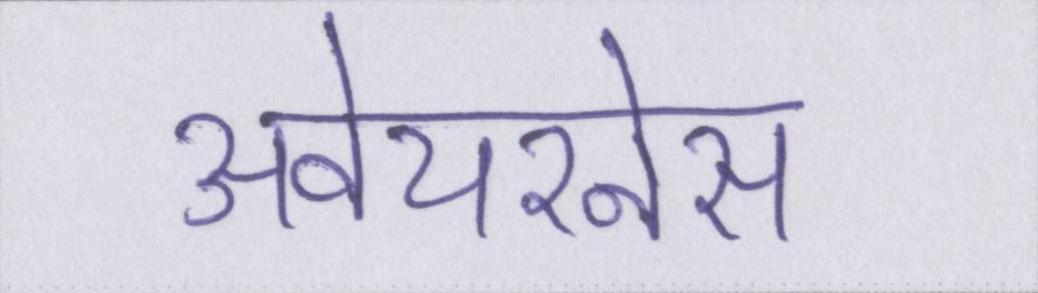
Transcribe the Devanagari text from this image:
अवेयरनेस